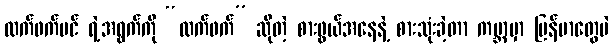
လက်ဖက်ပင် ရဲ့အရွက်ကို “လက်ဖက်” ဆိုတဲ့ စားဖွယ်အနေနဲ့ စားသုံးခဲ့တာ ကမ္ဘာမှာ မြန်မာတွေပဲ